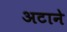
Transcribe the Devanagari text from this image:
अटाने